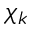
\chi _ { k }